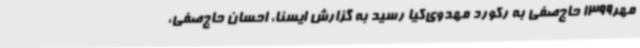
مهر1399 حاج‌صفی به رکورد مهدوی‌کیا رسید به گزارش ایسنا، احسان حاج‌صفی،